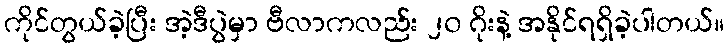
ကိုင်တွယ်ခဲ့ပြီး အဲ့ဒီပွဲမှာ ဗီလာကလည်း ၂၀ ဂိုးနဲ့ အနိုင်ရရှိခဲ့ပါတယ်။